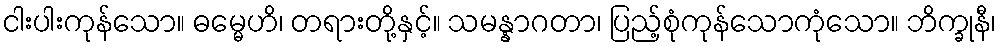
ငါးပါးကုန်သော။ ဓမ္မေဟိ၊ တရားတို့နှင့်။ သမန္နာဂတာ၊ ပြည့်စုံကုန်သောကုံသော။ ဘိက္ခုနီ၊